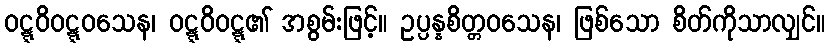
ဝဋ္ဋဝိဝဋ္ဋဝသေန၊ ဝဋ္ဋဝိဝဋ္ဋ၏ အစွမ်းဖြင့်။ ဥပ္ပန္နစိတ္တဝသေန၊ ဖြစ်သော စိတ်ကိုသာလျှင်။